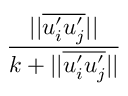
\frac { | | \overline { { u _ { i } ^ { \prime } u _ { j } ^ { \prime } } } | | } { k + | | \overline { { u _ { i } ^ { \prime } u _ { j } ^ { \prime } } } | | }